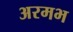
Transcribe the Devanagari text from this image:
अरमभ